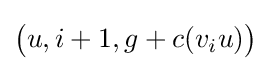
{\bigl (}u,i+1,g+c(v_{i}u){\bigr )}